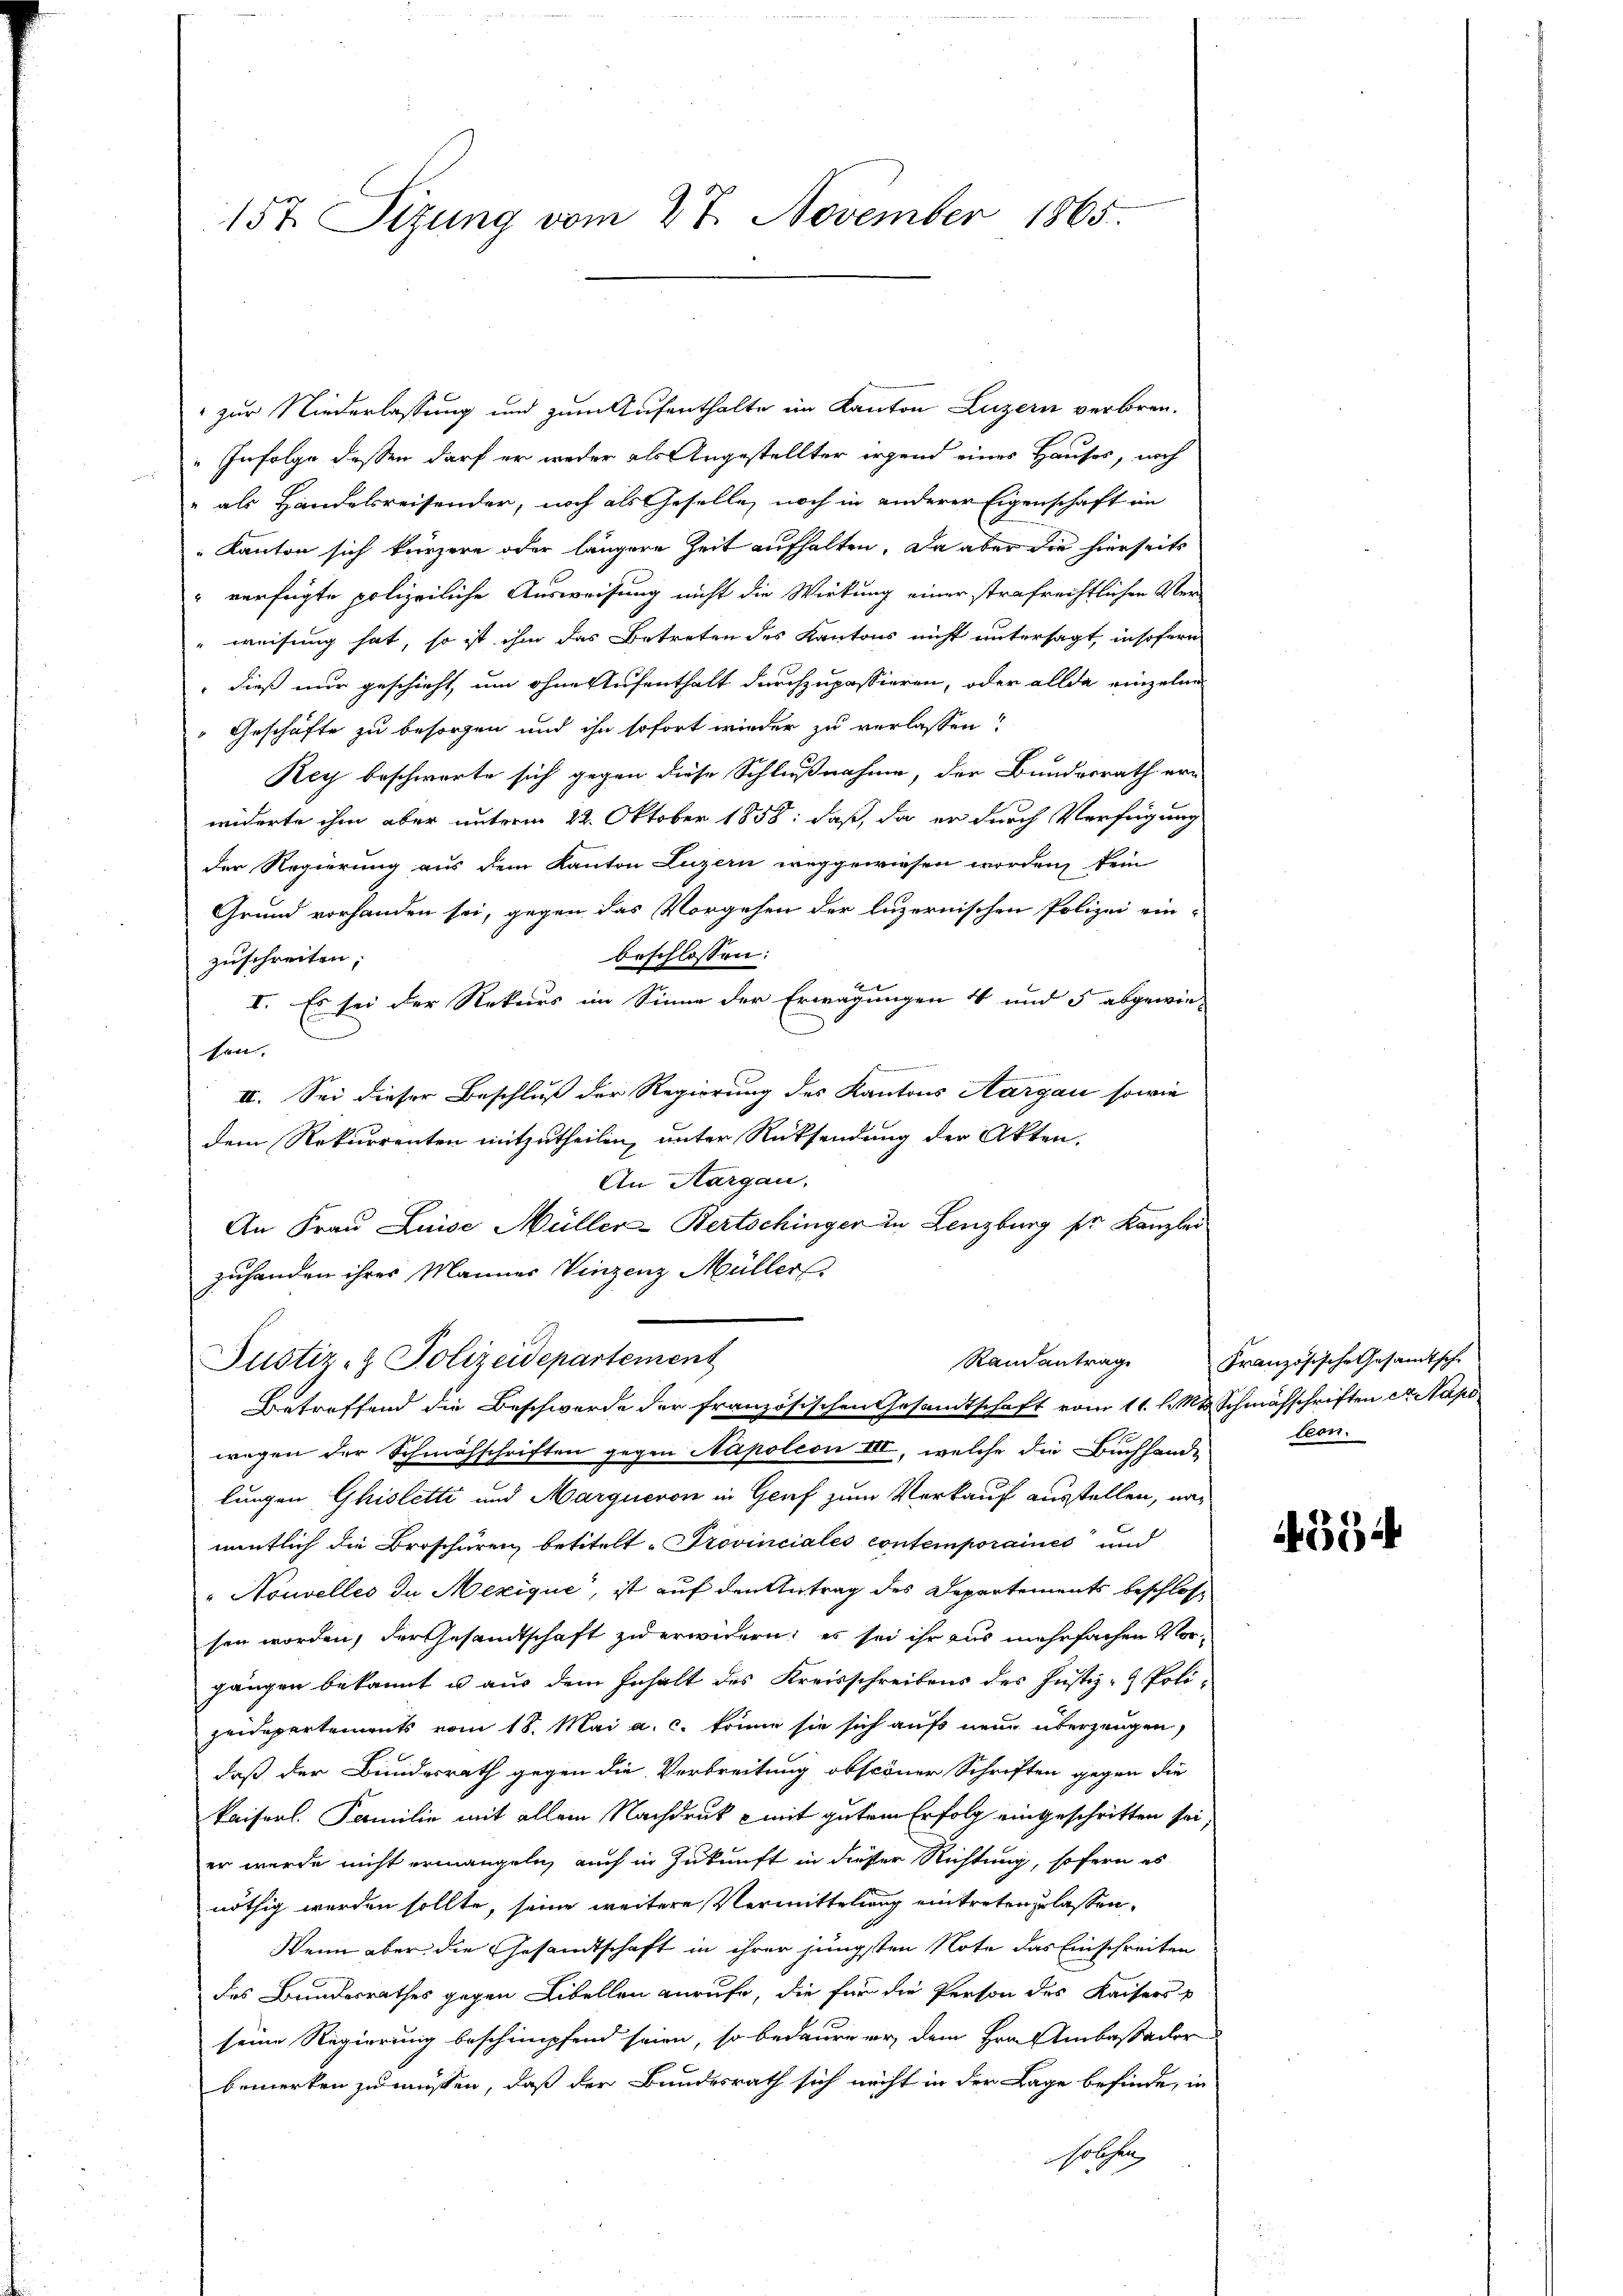
157. Sizung vom 27. November 1865.

zur Niederlassung und zum Aufenthalte im Kanton Luzern verbren-
"Infolge dessen darf er weder als Angestellter irgend eines Hauses, noch
" als Handelsreisender, noch als Geselle, noch in anderer Eigenschaft im
„Kanton sich kürzere oder längere Zeit aufhalten. Da aber die hierseits
 verfügte polizeiliche Ausweisung nicht die Wirkung einer strafrechtlichen Ver¬
"weisung hat, so ist ihm das Betreten des Kantons nicht untersagt, insofern
" dieß nur geschieht, um ohne Aufenthalt durchzupassieren, oder allda einzelne
"Geschäfte zu besorgen und ihn sofort wieder zu verlassen?
Rey beschwarte sich gegen diese Schlußnahme, der Bundesrath ern
widerte ihm aber unterm 22. Oktober 1858: daß, da er durch Verfügung
der Regierung aus dem Kanton Luzern weggewiesen worden, kein
Grund vorhanden sei, gegen das Vorgehen der luzernischen Polizei ein-
beschlossen:
zuschreiten,
I. Es sei der Rekurs im Sinne der Erwägungen 4 und 5 abgewie-
.
son.
f
II. Sei dieser Beschluß der Regierung des Kantons Aargau sowie
dem Rekurrenten mitzutheilen, unter Rücksendung der Akten.
An Aargau,
An Frau Luise Müller-Bertschinger in Lenzburg pr. Kanzlei
zuhanden ihres Manner Vinzenz Müller
Randantrage
Justiz- & Polizeidepartement
Betreffend die Beschwerde der französischen Gesandtschaft vom 11. d. Mts. Schmähschriften et. Napo
wegen der Schmähschriften gegen Napoleon III, welche die Buchhande
lungen Ghisletti und Margneron in Genf zum Verkauf ausstellen, namentlich die Broschüren betitelt. Provinciales contemporaines und
" Nouvelles da Mezique“, ist auf den Antrag des Departements beschlosse
sen worden, der Gesandtschaft zu erwidern; es sei ihr aus mehrfachen Vorgängen bekannt u aus dem Inhalt des Kreisschreibens des Justiz- & Polizeidepartements vom 18. Mai a. c. könne sie sich auf neue überzeugen,
daß der Bundesrath gegen die Verbreitung obscöner Schriften gegen die
kaiserl. Familie mit allem Nachdruk & mit gutem Erfolg eingeschritten sei,
er wurde nicht ermangeln, auch in Zukunft in dieser Richtung, sofern es
nöthig werden sollte, seine weitere Vermittelung eintreten zu lassen.
Wenn aber die Gesandtschaft in ihrer jüngsten Note das Einschreiten
des Bundesrathes gegen Libellen anrufe, die für die Person des Kaisers p
seine Regierung beschimpfend seien, so bedaure er dem Hrn. Ambaßador
bemerken zu müssen, daß der Bundesrath sich nicht in der Lage befinde, in
solchen,

Französische Gesandtsche
tion.

334